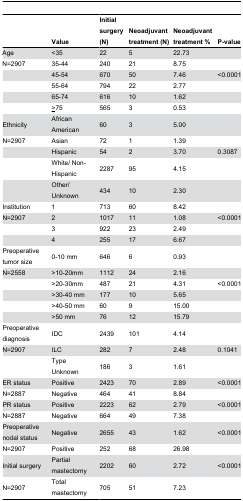
<table><thead><tr><td></td><td><b>Value</b></td><td><b>Initial surgery (N)</b></td><td><b>Neoadjuvant treatment (N)</b></td><td><b>Neoadjuvant treatment %</b></td><td><b>P-value</b></td></tr></thead><tbody><tr><td>Age</td><td>&lt;35</td><td>22</td><td>5</td><td>22.73</td><td></td></tr><tr><td>N=2907</td><td>35-44</td><td>240</td><td>21</td><td>8.75</td><td></td></tr><tr><td></td><td>45-54</td><td>670</td><td>50</td><td>7.46</td><td>&lt;0.0001</td></tr><tr><td></td><td>55-64</td><td>794</td><td>22</td><td>2.77</td><td></td></tr><tr><td></td><td>65-74</td><td>616</td><td>10</td><td>1.62</td><td></td></tr><tr><td></td><td><underline>&gt;</underline>75</td><td>565</td><td>3</td><td>0.53</td><td></td></tr><tr><td>Ethnicity</td><td>African American</td><td>60</td><td>3</td><td>5.00</td><td></td></tr><tr><td>N=2907</td><td>Asian</td><td>72</td><td>1</td><td>1.39</td><td></td></tr><tr><td></td><td>Hispanic</td><td>54</td><td>2</td><td>3.70</td><td>0.3087</td></tr><tr><td></td><td>White/ Non-Hispanic</td><td>2287</td><td>95</td><td>4.15</td><td></td></tr><tr><td></td><td>Other/Unknown</td><td>434</td><td>10</td><td>2.30</td><td></td></tr><tr><td>Institution</td><td>1</td><td>713</td><td>60</td><td>8.42</td><td></td></tr><tr><td>N=2907</td><td>2</td><td>1017</td><td>11</td><td>1.08</td><td>&lt;0.0001</td></tr><tr><td></td><td>3</td><td>922</td><td>23</td><td>2.49</td><td></td></tr><tr><td></td><td>4</td><td>255</td><td>17</td><td>6.67</td><td></td></tr><tr><td>Preoperative tumor size</td><td>0-10 mm</td><td>646</td><td>6</td><td>0.93</td><td></td></tr><tr><td>N=2558</td><td>&gt;10-20mm</td><td>1112</td><td>24</td><td>2.16</td><td></td></tr><tr><td></td><td>&gt;20-30mm</td><td>487</td><td>21</td><td>4.31</td><td>&lt;0.0001</td></tr><tr><td></td><td>&gt;30-40 mm</td><td>177</td><td>10</td><td>5.65</td><td></td></tr><tr><td></td><td>&gt;40-50 mm</td><td>60</td><td>9</td><td>15.00</td><td></td></tr><tr><td></td><td>&gt;50 mm</td><td>76</td><td>12</td><td>15.79</td><td></td></tr><tr><td>Preoperative diagnosis</td><td>IDC</td><td>2439</td><td>101</td><td>4.14</td><td></td></tr><tr><td>N=2907</td><td>ILC</td><td>282</td><td>7</td><td>2.48</td><td>0.1041</td></tr><tr><td></td><td>Type Unknown</td><td>186</td><td>3</td><td>1.61</td><td></td></tr><tr><td>ER status</td><td>Positive</td><td>2423</td><td>70</td><td>2.89</td><td>&lt;0.0001</td></tr><tr><td>N=2887</td><td>Negative</td><td>464</td><td>41</td><td>8.84</td><td></td></tr><tr><td>PR status</td><td>Positive</td><td>2223</td><td>62</td><td>2.79</td><td>&lt;0.0001</td></tr><tr><td>N=2887</td><td>Negative</td><td>664</td><td>49</td><td>7.38</td><td></td></tr><tr><td>Preoperative nodal status</td><td>Negative</td><td>2655</td><td>43</td><td>1.62</td><td>&lt;0.0001</td></tr><tr><td>N=2907</td><td>Positive</td><td>252</td><td>68</td><td>26.98</td><td></td></tr><tr><td>Initial surgery</td><td>Partial mastectomy</td><td>2202</td><td>60</td><td>2.72</td><td>&lt;0.0001</td></tr><tr><td>N=2907</td><td>Total mastectomy</td><td>705</td><td>51</td><td>7.23</td><td></td></tr></tbody></table>